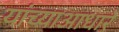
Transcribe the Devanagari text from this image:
यांच्याआधारे